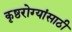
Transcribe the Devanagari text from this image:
कृष्ठरोग्यांसाठी